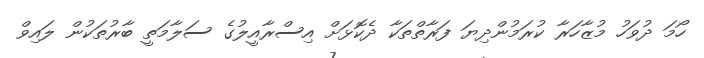
ހޯމަ ދުވަހު މުޒާހަރާ ކުރަމުންދިޔަ ފަރާތްތަކާ ދެކޮޅަށް އިސްރާއީލުގެ ސަލާމަތީ ބާރުތަކުން ލައިވް